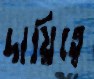
দায়িত্বে